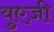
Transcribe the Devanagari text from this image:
युएज़ी